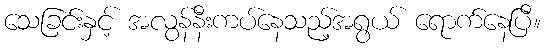
သေခြင်းနှင့် အလွန်နီးကပ်နေသည့်အရွယ် ရောက်နေပြီ။